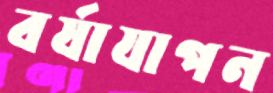
বর্ষাযাপন